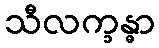
သီလက္ခန္ဓာ